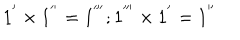
1 ^ { ' } \times 1 ^ { ' ^ { \prime } } = 1 ^ { ' ^ { \prime \prime } } ; 1 ^ { ' ^ { \prime \prime } } \times 1 ^ { ' } = 1 ^ { ' ^ { \prime } }